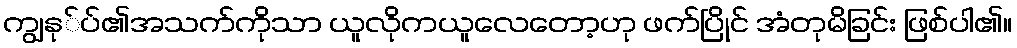
ကျွနု်ပ်၏အသက်ကိုသာ ယူလိုကယူလေတော့ဟု ဖက်ပြိုင် အံတုမိခြင်း ဖြစ်ပါ၏။